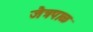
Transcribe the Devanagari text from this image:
जैत्रपाळ